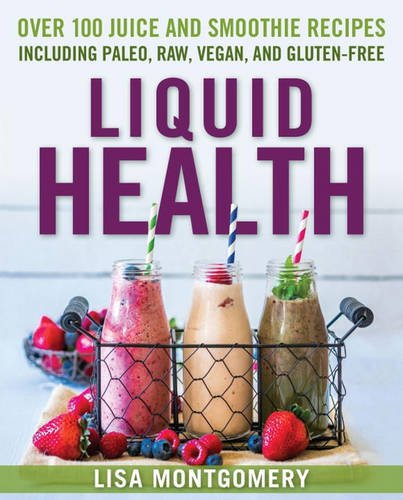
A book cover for Liquid Health: Over 100 Juices and Smoothies Including Paleo, Raw, Vegan, and Gluten-Free Recipes; Lisa Montgomery; Cookbooks, Food & Wine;